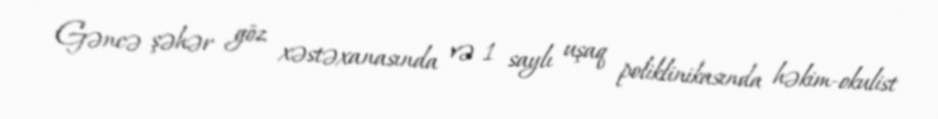
Gəncə şəhər göz xəstəxanasında və 1 saylı uşaq poliklinikasında həkim-okulist